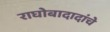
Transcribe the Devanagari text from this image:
राघोबादादांचे